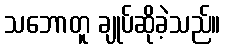
သဘောတူ ချုပ်ဆိုခဲ့သည်။